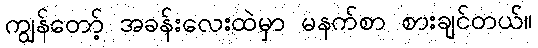
ကျွန်တော့် အခန်းလေးထဲမှာ မနက်စာ စားချင်တယ်။